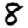
Digit: 8